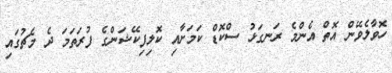
ހޮވާލެވޭން އޮތް އެންމެ ރަނގަޅު ސްކޮޑް ކަމަށާއި ކޮލިފިކޭޝަންގެ ފުރަތަމަ ދެ މެޗުގައި